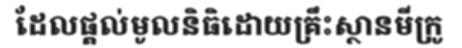
ដែលផ្តល់មូលនិធិដោយគ្រឹះស្ថានមីក្រូ